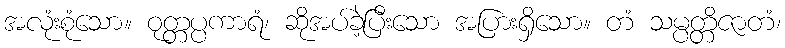
အလုံးစုံသော။ ဝုတ္တပ္ပကာရံ၊ ဆိုအပ်ခဲ့ပြီးသော အပြားရှိသော။ တံ သမ္ပတ္တိဇာတံ၊